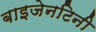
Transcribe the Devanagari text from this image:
बाइजेनटिनी